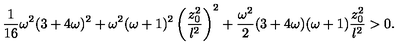
{ \frac { 1 } { 1 6 } } \omega ^ { 2 } ( 3 + 4 \omega ) ^ { 2 } + \omega ^ { 2 } ( \omega + 1 ) ^ { 2 } \left( { \frac { z _ { 0 } ^ { 2 } } { l ^ { 2 } } } \right) ^ { 2 } + { \frac { \omega ^ { 2 } } { 2 } } ( 3 + 4 \omega ) ( \omega + 1 ) { \frac { z _ { 0 } ^ { 2 } } { l ^ { 2 } } } > 0 .